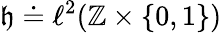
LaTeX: \mathfrak{h}\doteq\ell^{2}(\mathbb{Z}\times\{ 0,1\} )